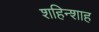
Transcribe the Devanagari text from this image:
शहिन्शाह